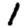
Digit: 1